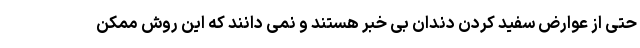
حتی از عوارض سفید کردن دندان بی خبر هستند و نمی دانند که این روش ممکن